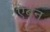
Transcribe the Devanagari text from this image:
ऐबन